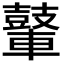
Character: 𮝪